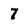
Character: 7